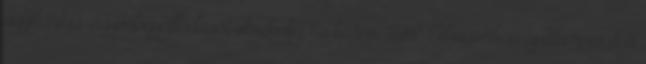
agyhártya-agyvelőgyulladását okozhatja És bár a HSV-1 elsősorban ajakherpeszt, a